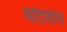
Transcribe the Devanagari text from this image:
सदिशीचे